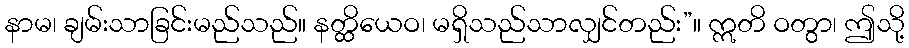
နာမ၊ ချမ်းသာခြင်းမည်သည်။ နတ္ထိယေဝ၊ မရှိသည်သာလျှင်တည်း”။ ဣတိ ဝတွာ၊ ဤသို့